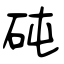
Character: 砘